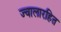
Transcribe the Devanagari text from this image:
ज्वालारहित